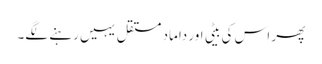
پھر اس کی بیٹی اور داماد مستقل یہیں رہنے لگے۔